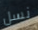
نسل